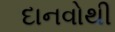
દાનવોથી